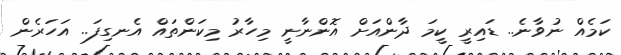
ކަމެއް ނުވާނެ.. ޑައިރީ ކީމަ ދާންއަށް އޮންނާނީ މިހާރު މިކަންތައް އެނގިފަ.. އަހަރެން